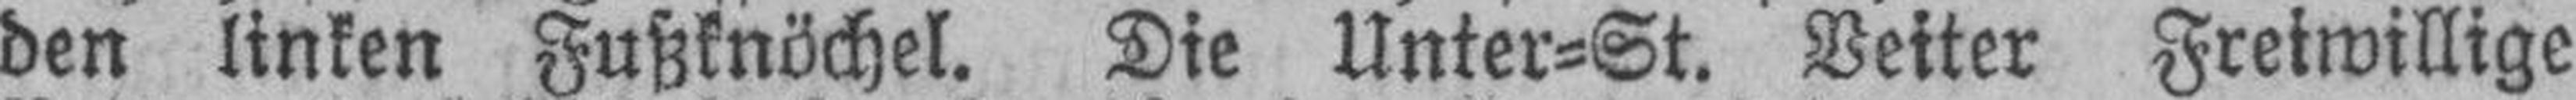
den linken Fußknöchel. Die Unter=St. Veiter Freiwillige